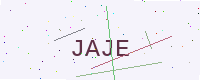
Text: JAJE